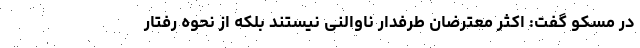
در مسکو گفت: اکثر معترضان طرفدار ناوالنی نیستند بلکه از نحوه رفتار